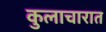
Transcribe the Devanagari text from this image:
कुलाचारात